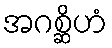
အဂစ္ဆိဟံ